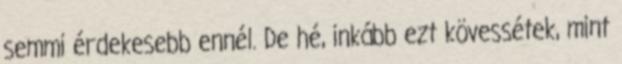
semmi érdekesebb ennél. De hé, inkább ezt kövessétek, mint